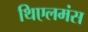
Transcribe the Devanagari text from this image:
थिएलमंस